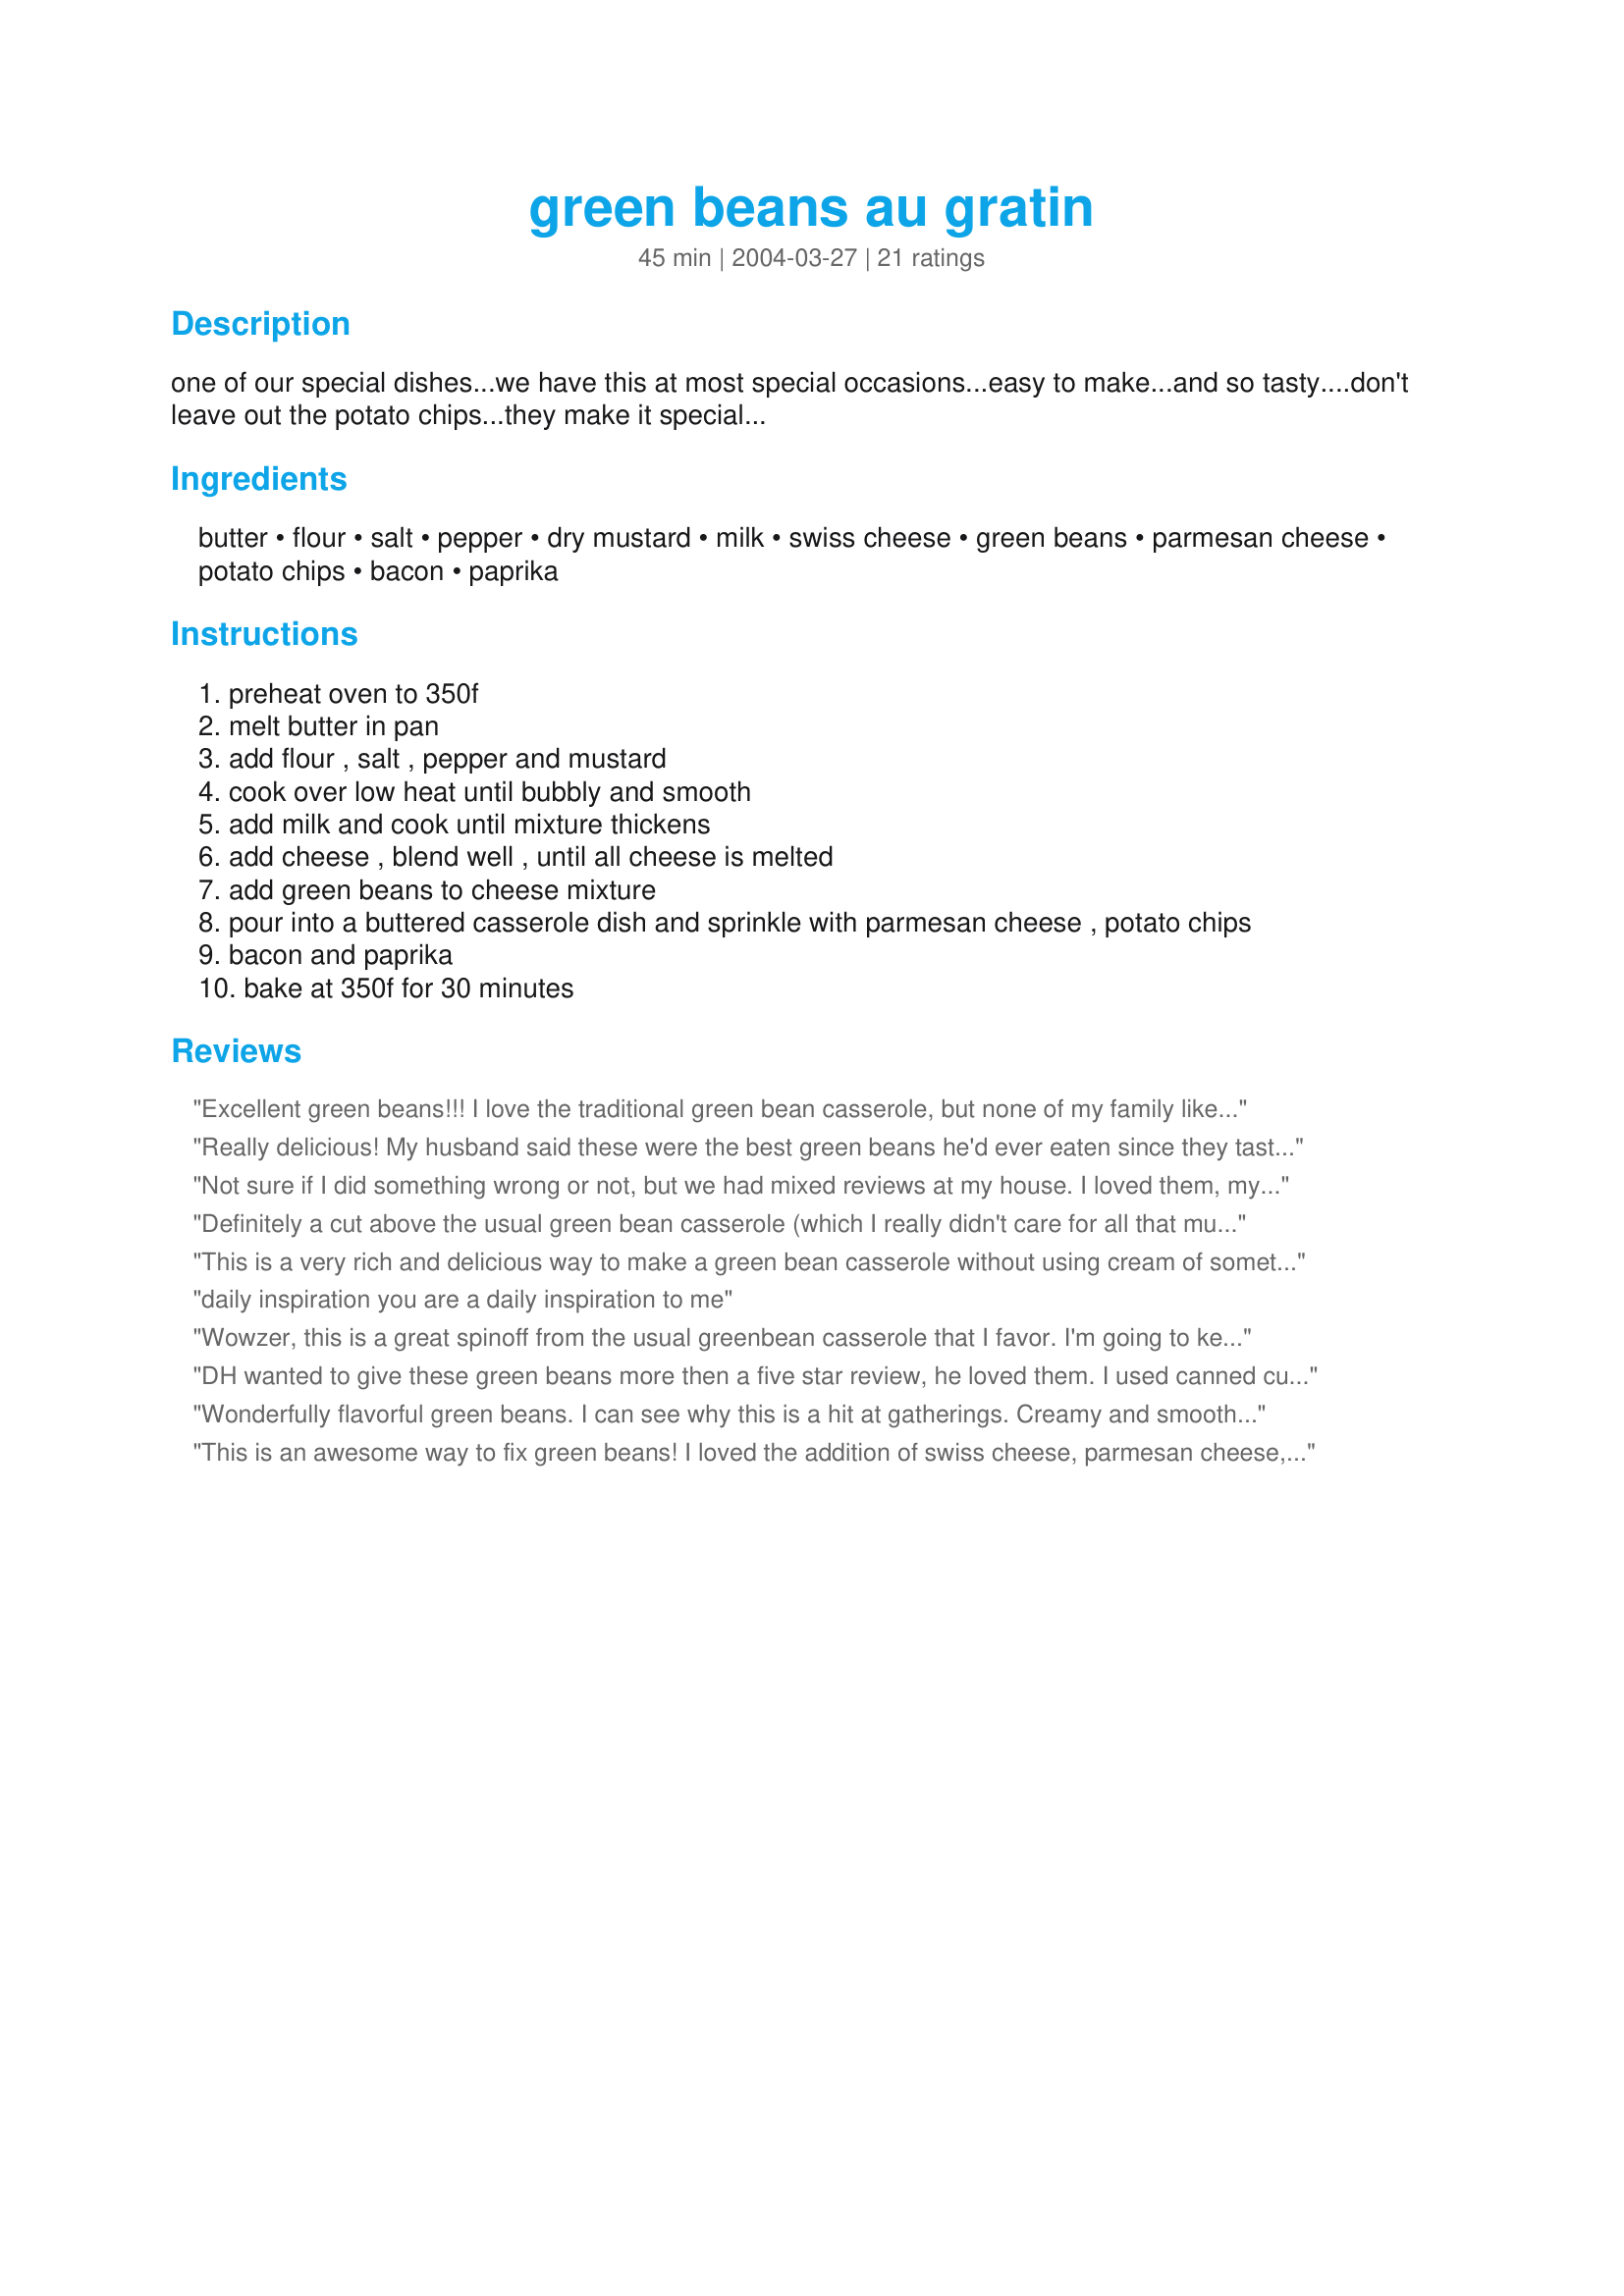
green beans au gratin
Preparation time: 45 minutes

one of our special dishes...we have this at most special occasions...easy to make...and so tasty....don't leave out the potato chips...they make it special...

Ingredients:
butter, flour, salt, pepper, dry mustard, milk, swiss cheese, green beans, parmesan cheese, potato chips, bacon, paprika

Steps:
preheat oven to 350f
melt butter in pan
add flour , salt , pepper and mustard
cook over low heat until bubbly and smooth
add milk and cook until mixture thickens
add cheese , blend well , until all cheese is melted
add green beans to cheese mixture
pour into a buttered casserole dish and sprinkle with parmesan cheese , potato chips
bacon and paprika
bake at 350f for 30 minutes

Reviews:
Excellent green beans!!! I love the traditional green bean casserole, but none of my family like the creamy based dish, so I made this to serve 1 for a lunch side. I used a really small can of french style green beans (approximately 1/3 of the amounts listed) and followed as written. I like the no can of cream soup and the added flavor the bacon and cheese add to the dish. Thanks for sharing the recipe BK!! Made for WTTM Tag.
Really delicious! My husband said these were the best green beans he'd ever eaten since they tasted nothing like green beans. Ha! I mistakenly stirred the Parmesan into the sauce with the Swiss but it was so good I'd do the same next time. Probably used more like 4 cups whole green beans. Thanks for sharing the recipe!
Not sure if I did something wrong or not, but we had mixed reviews at my house. I loved them, my DH thought they were too thick (maybe I added too much cheese?), and 20 year old grandson didn't like the potato chips. (Go figure!). Sorry, but I personally loved it.
Definitely a cut above the usual green bean casserole (which I really didn't care for all that much!). This will certainly have a place on the dinner table frequently. Thnx for sharing, bk. Made for French Country Kitchen Herb of the Month - Paprika.
This is a very rich and delicious way to make a green bean casserole without using cream of something soup and fried onion rings! This would be a great recipe for a holiday meal, when you weren't worried about calories or fat content! Thanks for posting this yummy recipe. Made for Holiday Tag game.
daily inspiration you are a daily inspiration to me
Wowzer, this is a great spinoff from the usual greenbean casserole that I favor. I'm going to keep this one under SAVED for Easter dinner this year. 5 Stars BK for a fabulously rich casserole. BTW, I used BBQ potato chips. It flavored well w/the added bacon topping. Made for March's Bev. Tag!
DH wanted to give these green beans more then a five star review, he loved them. I used canned cut green beans, an italian blend shredded cheese that contained parmesan and packaged real bacon bits. I think this will be the go to green bean casserole now for us! Made and reviewed for ZWT 8 - 2012 The Fearless Red Dragons.
Wonderfully flavorful green beans. I can see why this is a hit at gatherings. Creamy and smooth and the potato chips are a must. Loved the slight smokiness from the bacon. (I admit, I forgot the paprika)
This is an awesome way to fix green beans! I loved the addition of swiss cheese, parmesan cheese, bacon and crunch from the chips! Wonderful!
What a wonderful casserole for fresh green beans! I am swamped in my garden with an overload of beans, so I was so glad to find this great recipe that I will make again very soon, we loved it Baby K!...Kitten:)
What a lovely change from traditional green bean casseroles. Loved the fact that it had a homemade cheese sauce and we really liked the topping as well. Now I will have a great alternative for my meals. This really hit the spot with your Lip Smacking Beef Short Ribs. All I can say is YUM! Made for Fall PAC, October, 2012.
Very good! Nice change from the traditional green bean casserole.
Quite different and unique, a very different way to prepare green beans, would be good at Thanksgiving time.
I loved, loved, loved this!! I love green beans anyway, but with this creamy sauce and the potato chips and bacon on top it was just amazing!! I will definitely be making this again, it disappeared so quickly here!
These were very good. I liked the chips on top, gave it a nice little crunch. I may add some different spices next time to give it a slight kick. Thanks
A different way to do one of our favourite vegetables, I'll be making this again, soon and often!
I should have cooked the beans a little more, but that was just me. A wonderful blend of flavours, this qualifies as comfort food, I would happily have this as a main with some steamed rice, and yes, wonderful dish for entertaining, I shall be sure to put this on the menu next time I have guests!

Thank you BK, this was a great find for me!
This was a huge hit at my house last night! My MS went back for seconds. I have never seen him go back for vegetables before. Thank you BK for a delicious recipe. Made for ZWT8.
These are really good green beans!! I forgot the bacon; how could I do that!! However DH said I can replace his green bean casserole (I don't like) for the holidays with this as long as I add the bacon and maybe some fried onions. Made for Photo Tag.
Very rich, delicious.
This was pretty good. Rich but good. I made this with roast chicken and a salad. Thanks for posting
